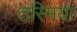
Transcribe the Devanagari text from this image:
तस्मिया